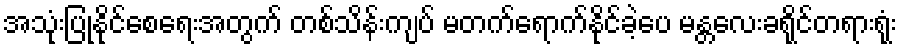
အသုံးပြုနိုင်စေရေးအတွက် တစ်သိန်းကျပ် မတက်ရောက်နိုင်ခဲ့ပေ မန္တလေးခရိုင်တရားရုံး